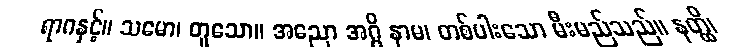
ရာဂနှင့်။ သမော၊ တူသော။ အညော အဂ္ဂိ နာမ၊ တစ်ပါးသော မီးမည်သည်။ နတ္ထိ၊